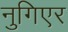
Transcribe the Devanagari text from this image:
नुगिएर